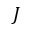
J